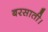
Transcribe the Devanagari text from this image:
बरसाती।